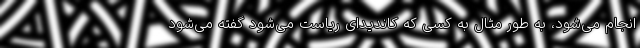
انجام می‌شود، به طور مثال به کسی که کاندیدای ریاست می‌شود گفته می‌شود